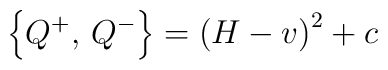
\left\{Q^+,\,Q^-\right\}=\left(H-v\right)^2+c